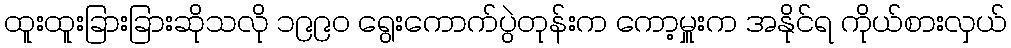
ထူးထူးခြားခြားဆိုသလို ၁၉၉၀ ရွေးကောက်ပွဲတုန်းက ကော့မှူးက အနိုင်ရ ကိုယ်စားလှယ်